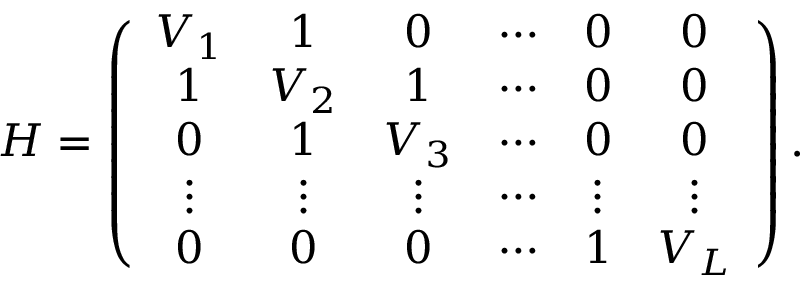
\begin{array} { r } { \cal { H } = \left( \begin{array} { c c c c c c } { V _ { 1 } } & { 1 } & { 0 } & { \cdots } & { 0 } & { 0 } \\ { 1 } & { V _ { 2 } } & { 1 } & { \cdots } & { 0 } & { 0 } \\ { 0 } & { 1 } & { V _ { 3 } } & { \cdots } & { 0 } & { 0 } \\ { \vdots } & { \vdots } & { \vdots } & { \cdots } & { \vdots } & { \vdots } \\ { 0 } & { 0 } & { 0 } & { \cdots } & { 1 } & { V _ { L } } \end{array} \right) . } \end{array}